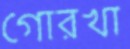
গোরখা